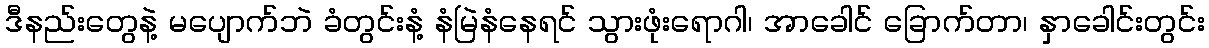
ဒီနည်းတွေနဲ့ မပျောက်ဘဲ ခံတွင်းနံ့ နံမြဲနံနေရင် သွားဖုံးရောဂါ၊ အာခေါင် ခြောက်တာ၊ နှာခေါင်းတွင်း